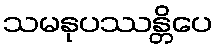
သမနုပဿန္တိပေ